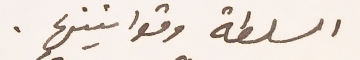
السلطة وقوانينها.